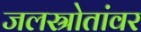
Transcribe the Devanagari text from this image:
जलस्रोतांवर